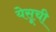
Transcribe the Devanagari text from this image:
येसूची